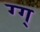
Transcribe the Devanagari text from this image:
ग्ग्